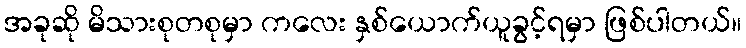
အခုဆို မိသားစုတစုမှာ ကလေး နှစ်ယောက်ယူခွင့်ရမှာ ဖြစ်ပါတယ်။